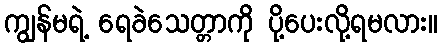
ကျွန်မရဲ့ ရေခဲသေတ္တာကို ပို့ပေးလို့ရမလား။